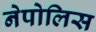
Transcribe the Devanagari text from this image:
नेपोलिस